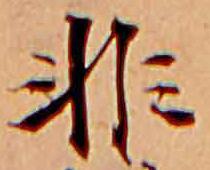
非